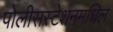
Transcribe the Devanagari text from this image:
पोलीसस्टेशनमधिल